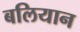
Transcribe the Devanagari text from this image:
बलियान